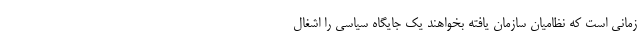
زمانی است که نظامیان سازمان یافته بخواهند یک جایگاه سیاسی را اشغال